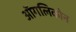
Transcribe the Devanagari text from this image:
ऑगलिकोन